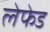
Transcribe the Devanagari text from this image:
लेफेड